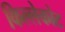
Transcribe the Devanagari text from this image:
किल्लेकोट